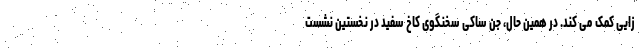
زایی کمک می کند. در همین حال، جن ساکی سخنگوی کاخ سفید در نخستین نشست